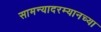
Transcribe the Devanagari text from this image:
सामन्यादरम्यानच्या